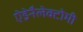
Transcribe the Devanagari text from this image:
ऐड्रेनैलेक्टोमी